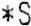
*S